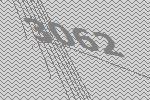
3062